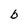
Character: b